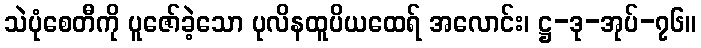
သဲပုံစေတီကို ပူဇော်ခဲ့သော ပုလိနထူပိယထေရ် အလောင်း၊ ဋ္ဌ-ဒု-အုပ်-၇၆။